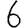
Digit: 6